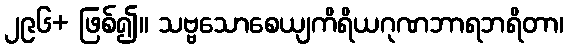
၂၉၆+ ဖြစ်၍။ သဗ္ဗသောစေယျကိရိယဂုဏဘာရဘရိတာ၊